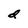
Character: d